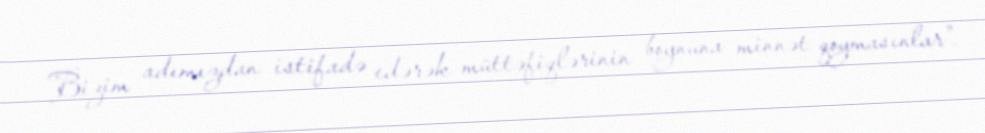
Bizim adımızdan istifadə edərək müttəfiqlərinin boynuna minnət qoymasınlar".